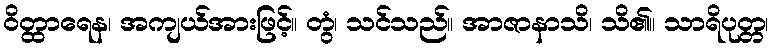
ဝိတ္ထာရေန၊ အကျယ်အားဖြင့်။ တွံ၊ သင်သည်။ အာဇာနာသိ၊ သိ၏။ သာရိပုတ္တ၊